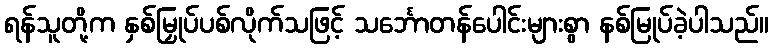
ရန်သူတို့က နှစ်မြှုပ်ပစ်လိုက်သဖြင့် သင်္ဘောတန်ပေါင်းများစွာ နစ်မြုပ်ခဲ့ပါသည်။